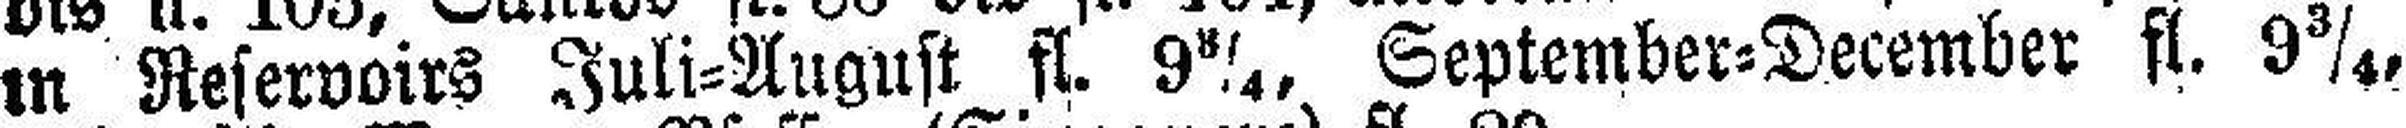
in Reservoirs Juli=August fl. 9 3/4, September=December ft. 9¾,